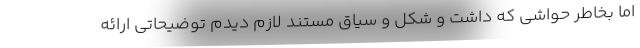
اما بخاطر حواشی که داشت و شکل و سیاق مستند لازم دیدم توضیحاتی ارائه